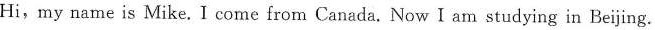
Hi,my name is Mike. I come from Canada. Now I am studying in Beijing.